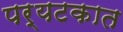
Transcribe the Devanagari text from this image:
पर्यटकात